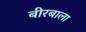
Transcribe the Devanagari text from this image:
बीरबाला